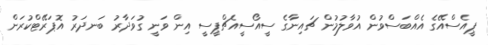
ޕީއެސްއޭގެ އެއްބަސްވުން އުވާލުމުން ޗައިނާގެ ސީއޯސީއެޗްޕީސީ އިން ވަނީ ގުވަދާރު ބަނދަރު އޮޕަރޭޓްކުރަން